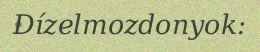
Dízelmozdonyok: